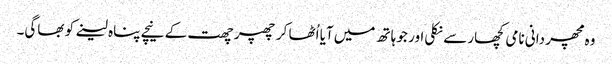
وہ مچھر دانی نامی کچھار سے نکلی اور جو ہاتھ میں آیا اُٹھا کر چھپر چھت کے نیچے پناہ لینے کو بھاگی۔